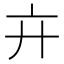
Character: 𢌮